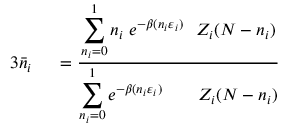
\begin{array} { r l } { { 3 } { \bar { n } } _ { i } \ } & { { } = { \frac { \displaystyle \sum _ { n _ { i } = 0 } ^ { 1 } n _ { i } \ e ^ { - \beta ( n _ { i } \varepsilon _ { i } ) } \ \ Z _ { i } ( N - n _ { i } ) } { \displaystyle \sum _ { n _ { i } = 0 } ^ { 1 } e ^ { - \beta ( n _ { i } \varepsilon _ { i } ) } \qquad Z _ { i } ( N - n _ { i } ) } } } \end{array}